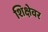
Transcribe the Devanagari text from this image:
शिक्षेवर